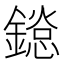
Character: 𨬂